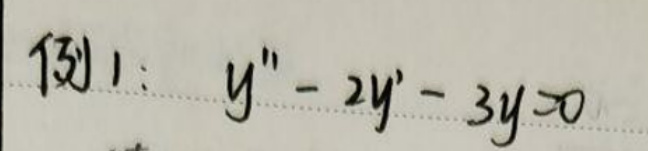
$1311: y'' - 2y' - 3y = 0$